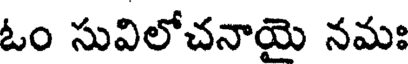
ఓం సువిలోచనాయై నమః